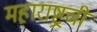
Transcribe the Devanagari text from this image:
महाराष्ट्रची